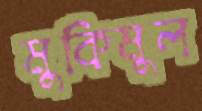
মুকিমুল